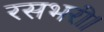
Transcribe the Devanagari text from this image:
रसभरी।